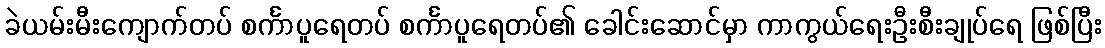
ခဲယမ်းမီးကျောက်တပ် စင်္ကာပူရေတပ် စင်္ကာပူရေတပ်၏ ခေါင်းဆောင်မှာ ကာကွယ်ရေးဦးစီးချုပ်ရေ ဖြစ်ပြီး